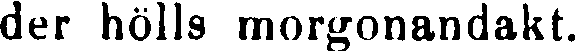
der hölls morgonandakt.